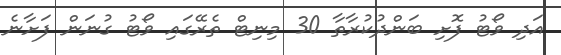
އަދި ވޯޓު ފޮށި ބަންދުކުރާތާ 30 މިނިޓްް ތެރޭގައި ވޯޓު ގުނަން ފަށާނެ